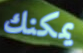
يمكنك